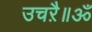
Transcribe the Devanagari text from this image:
उचऱै॥ॐ